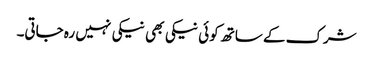
شرک کے ساتھ کوئی نیکی بھی نیکی نہیں رہ جاتی۔